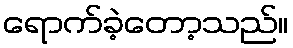
ရောက်ခဲ့တော့သည်။